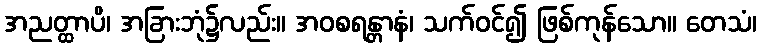
အညတ္ထာပိ၊ အခြားဘုံ၌လည်း။ အဝစရန္တာနံ၊ သက်ဝင်၍ ဖြစ်ကုန်သော။ တေသံ၊